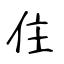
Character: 住